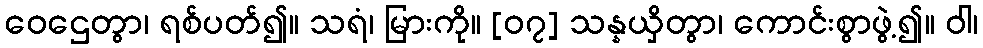
ဝေဌေတွာ၊ ရစ်ပတ်၍။ သရံ၊ မြားကို။ [၀၇] သန္နယှိတွာ၊ ကောင်းစွာဖွဲ့၍။ ဝါ၊